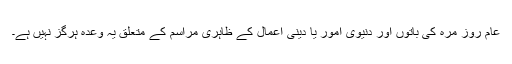
عام روز مرہ کی باتوں اور دنیوی امور یا دینی اعمال کے ظاہری مراسم کے متعلق یہ وعدہ ہرگز نہیں ہے۔